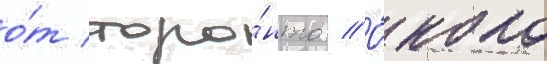
о́т торо́нто // О́коло